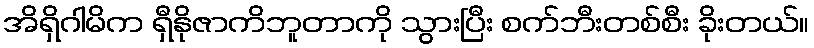
အိရှိဂါမိက ရှီနိုဇာကိဘူတာကို သွားပြီး စက်ဘီးတစ်စီး ခိုးတယ်။